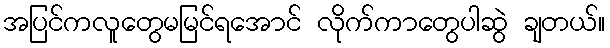
အပြင်ကလူတွေမမြင်ရအောင် လိုက်ကာတွေပါဆွဲ ချတယ်။